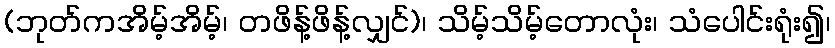
(ဘုတ်ကအိမ့်အိမ့်၊ တဖိန့်ဖိန့်လျှင်)၊ သိမ့်သိမ့်တောလုံး၊ သံပေါင်းရုံး၍၊